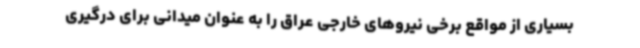
بسیاری از مواقع برخی نیروهای خارجی عراق را به عنوان میدانی برای درگیری